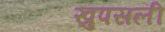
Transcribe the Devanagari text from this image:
खुपसली